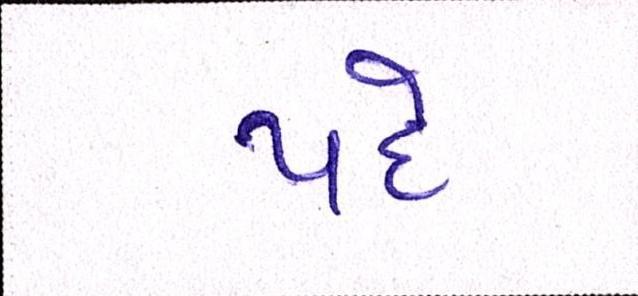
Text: પદે